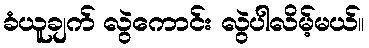
ခံယူချက် လွဲကောင်း လွဲပါလိမ့်မယ်။